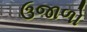
ઉજાળો